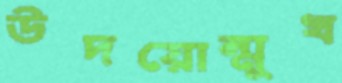
উদয়োন্মুখ